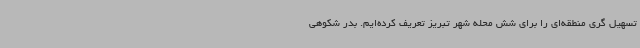
تسهیل گری منطقه‌ای را برای شش محله شهر تبریز تعریف کرده‌ایم. بدر شکوهی